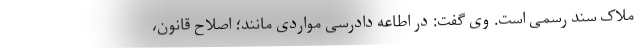
ملاک سند رسمی است. وی گفت: در اطاعه دادرسی مواردی مانند؛ اصلاح قانون،